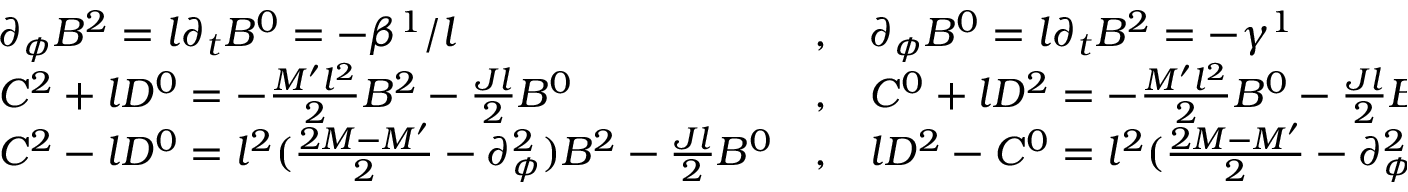
\begin{array} { l l l } { { \partial _ { \phi } B ^ { 2 } = l \partial _ { t } B ^ { 0 } = - \beta ^ { 1 } / l } } & { { , } } & { { \partial _ { \phi } B ^ { 0 } = l \partial _ { t } B ^ { 2 } = - \gamma ^ { 1 } } } \\ { { C ^ { 2 } + l D ^ { 0 } = - \frac { M ^ { \prime } l ^ { 2 } } { 2 } B ^ { 2 } - \frac { J l } { 2 } B ^ { 0 } } } & { { , } } & { { C ^ { 0 } + l D ^ { 2 } = - \frac { M ^ { \prime } l ^ { 2 } } { 2 } B ^ { 0 } - \frac { J l } { 2 } B ^ { 2 } } } \\ { { C ^ { 2 } - l D ^ { 0 } = l ^ { 2 } ( \frac { 2 M - M ^ { \prime } } { 2 } - \partial _ { \phi } ^ { 2 } ) B ^ { 2 } - \frac { J l } { 2 } B ^ { 0 } } } & { { , } } & { { l D ^ { 2 } - C ^ { 0 } = l ^ { 2 } ( \frac { 2 M - M ^ { \prime } } { 2 } - \partial _ { \phi } ^ { 2 } ) B ^ { 0 } - \frac { J l } { 2 } B ^ { 2 } . } } \end{array}